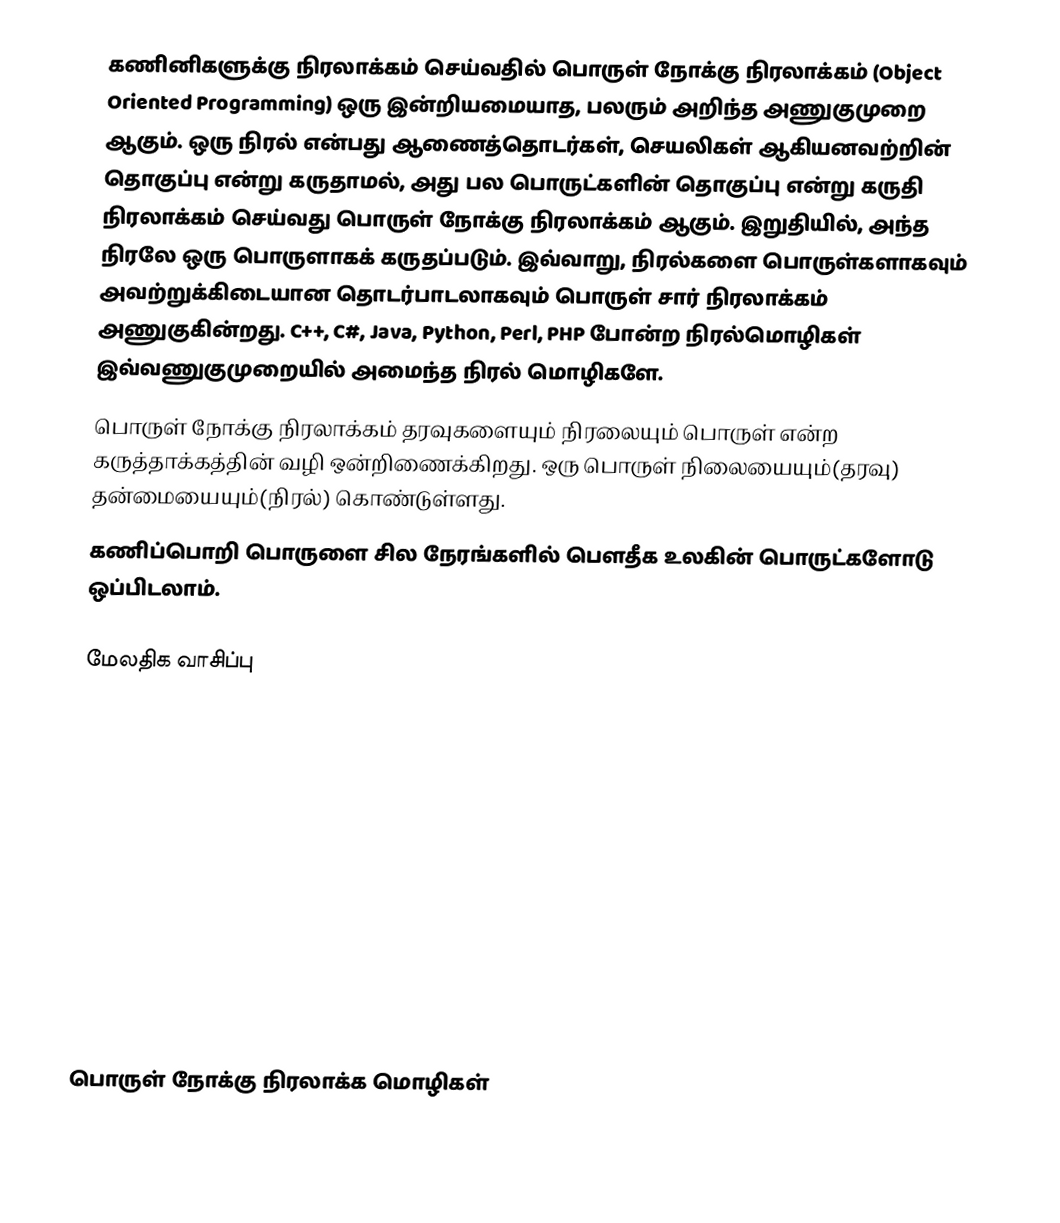
கணினிகளுக்கு நிரலாக்கம் செய்வதில் பொருள் நோக்கு நிரலாக்கம் (Object Oriented Programming) ஒரு இன்றியமையாத, பலரும் அறிந்த அணுகுமுறை ஆகும். ஒரு நிரல் என்பது ஆணைத்தொடர்கள், செயலிகள் ஆகியனவற்றின் தொகுப்பு என்று கருதாமல், அது பல பொருட்களின் தொகுப்பு என்று கருதி நிரலாக்கம் செய்வது பொருள் நோக்கு நிரலாக்கம் ஆகும். இறுதியில், அந்த நிரலே ஒரு பொருளாகக் கருதப்படும். இவ்வாறு,  நிரல்களை பொருள்களாகவும் அவற்றுக்கிடையான தொடர்பாடலாகவும் பொருள் சார் நிரலாக்கம் அணுகுகின்றது.  C++, C#, Java, Python, Perl, PHP போன்ற நிரல்மொழிகள் இவ்வணுகுமுறையில் அமைந்த நிரல் மொழிகளே.
பொருள் நோக்கு நிரலாக்கம் தரவுகளையும் நிரலையும் பொருள் என்ற கருத்தாக்கத்தின் வழி ஒன்றிணைக்கிறது. ஒரு பொருள் நிலையையும்(தரவு) தன்மையையும்(நிரல்) கொண்டுள்ளது.
கணிப்பொறி பொருளை சில நேரங்களில் பெளதீக உலகின் பொருட்களோடு ஒப்பிடலாம்.

மேலதிக வாசிப்பு

பொருள் நோக்கு நிரலாக்க மொழிகள்